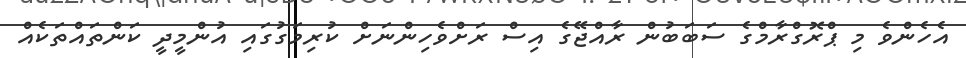
އެހެންވެ މި ޕްރޮގްރާމްގެ ސަބަބުން ރާއްޖޭގެ އިސް ރަށްވެހިންނަށް ކުރިމަގުގައި އުންމީދީ ކަންތައްތަކެއް